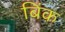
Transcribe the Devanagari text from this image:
बिंक